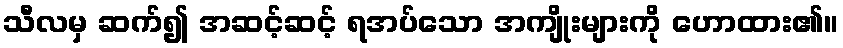
သီလမှ ဆက်၍ အဆင့်ဆင့် ရအပ်သော အကျိုးများကို ဟောထား၏။